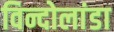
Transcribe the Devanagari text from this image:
विन्दोलांडा